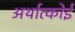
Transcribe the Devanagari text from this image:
अर्थात्कोई